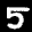
Label: 5